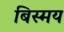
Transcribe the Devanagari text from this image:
बिस्मय